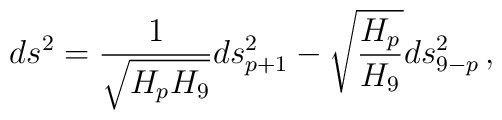
ds^2 = {1\over \sqrt {H_pH_9}}ds^2_{p+1} - \sqrt {{H_p\over H_9}}ds^2_{9-p}\, ,